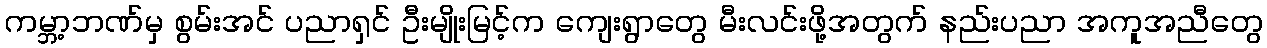
ကမ္ဘာ့ဘဏ်မှ စွမ်းအင် ပညာရှင် ဦးမျိုးမြင့်က ကျေးရွာတွေ မီးလင်းဖို့အတွက် နည်းပညာ အကူအညီတွေ